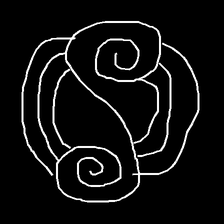
Glyph: wind-underfoot